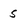
Character: 5